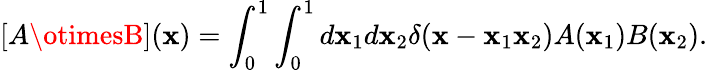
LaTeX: [A\otimesB](\mathbf{x})=\int_{0}^{1}\int_{0}^{1}d\mathbf{x}_{1}d\mathbf{x}_{2}\delta(\mathbf{x}-\mathbf{x}_{1}\mathbf{x}_{2})A(\mathbf{x}_{1})B(\mathbf{x}_{2}).